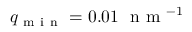
q _ { \mathrm { ~ m ~ i ~ n ~ } } = 0 . 0 1 \ \mathrm { ~ n ~ m ~ } ^ { - 1 }